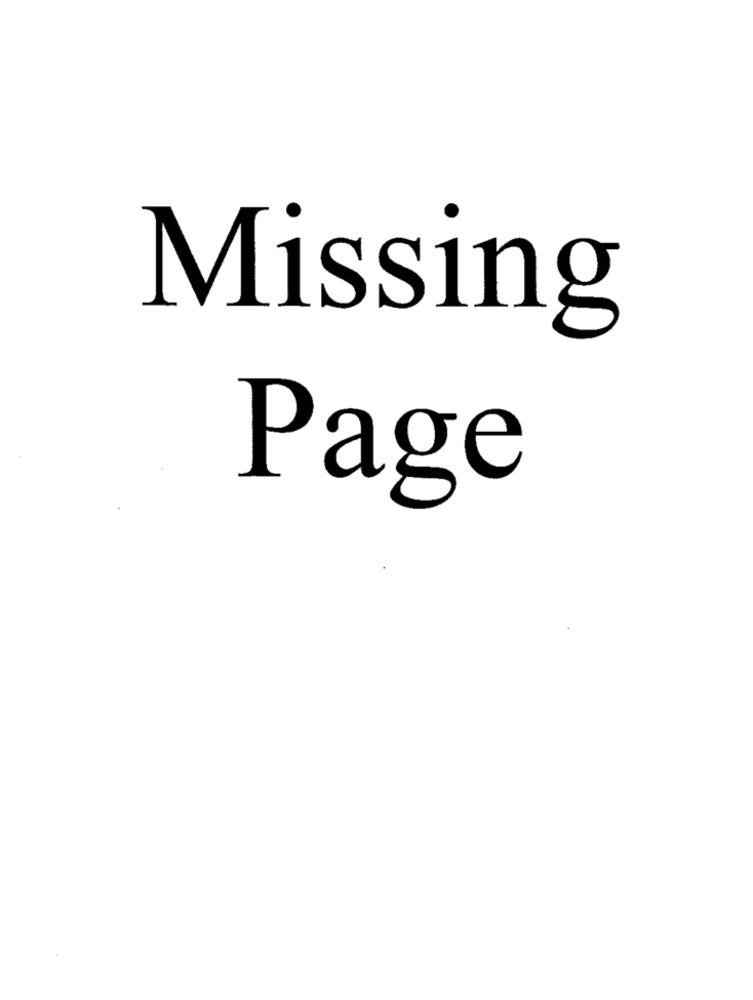
Missing
Page